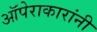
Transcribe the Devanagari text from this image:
ऑपेराकारांनी